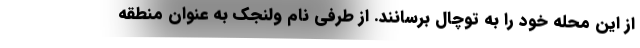
از این محله خود را به توچال برسانند. از طرفی نام ولنجک به عنوان منطقه